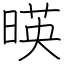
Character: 暎